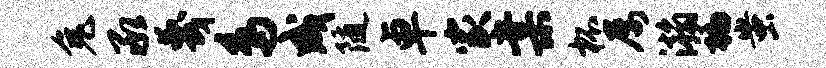
兔承蔑鸟成随卓家棠杯屡瀚褊蚩